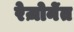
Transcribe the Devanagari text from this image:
रेज़ोनेंत